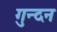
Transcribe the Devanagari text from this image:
गुन्दन